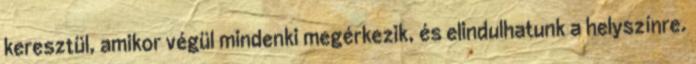
keresztül, amikor végül mindenki megérkezik, és elindulhatunk a helyszínre.